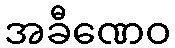
အခီဏေဝ